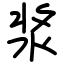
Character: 浆